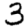
Digit: 3